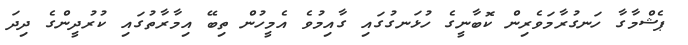
ޕެޝްމާގާ ހަނގުރާމަވެރިން ކޮބާނީގެ ހުޅަނގުގައި ގާއިމުވެ އެމީހުން ތިބޭ އިމާރާތުގައި ކުރުދީންގެ ދިދަ